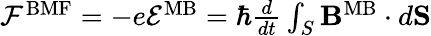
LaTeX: \begin{array}{r}{{\cal F}^{\mathrm{BMF}}=-e{\cal E}^{\mathrm{MB}}=\hbar{\frac{d}{dt}}\int_{S}{\mathbf B}^{\mathrm{MB}}\cdot d{\mathbf S}}\end{array}